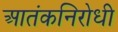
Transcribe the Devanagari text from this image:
आतंकनिरोधी